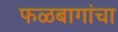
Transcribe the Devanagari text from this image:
फळबागांचा